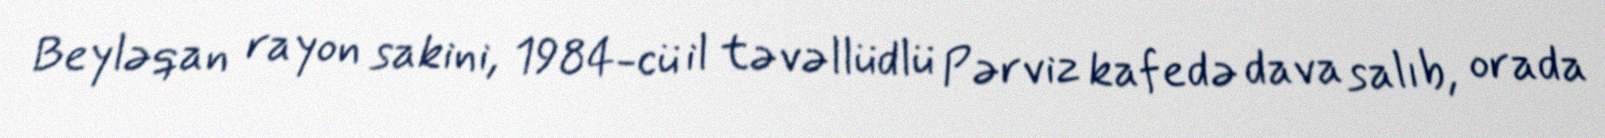
Beyləqan rayon sakini, 1984-cü il təvəllüdlü Pərviz kafedə dava salıb, orada